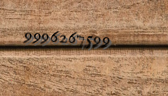
9996267599